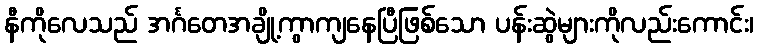
နီကိုလေသည် အင်္ဂတေအချို့ကွာကျနေပြီဖြစ်သော ပန်းဆွဲများကိုလည်းကောင်း၊